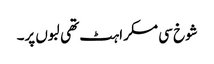
شوخ سی مسکراہٹ تھی لبوں پر۔